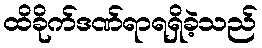
ထိခိုက်ဒဏ်ရာရရှိခဲ့သည်